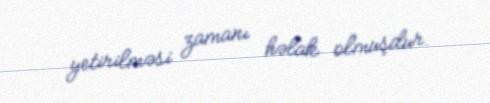
yetirilməsi zamanı həlak olmuşdur.